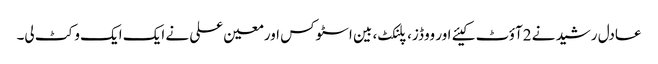
عادل رشید نے 2آؤٹ کیئے اور ووڈز، پلنکٹ، بین اسٹوکس اورمعین علی نے ایک ایک وکٹ لی۔